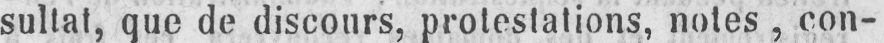
sultat, que de discours, protestations, notes, con-